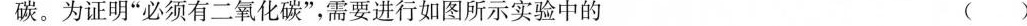
碳。为证明”必须有二氧化碳”，需要进行如图所示实验中的 ()